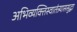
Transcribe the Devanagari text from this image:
अभिव्यक्तिस्वातंत्र्याससुद्धा